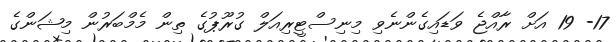
17- 19 އަށް ރާއްޖެ ވަޑައިގެންނެވި މިނިސްޓީރިއަލް ގުރޫޕުގެ ތިން މެމްބަރުން މިޝަންގެ